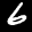
Label: 6